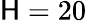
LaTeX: \mathsf{H}=20